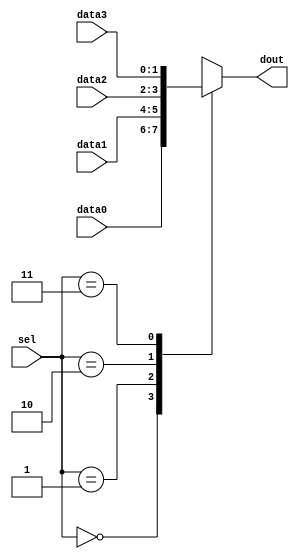
module MUX4TO1 (dout, sel, data0, data1, data2, data3);
parameter dwidth = 2;
   output [dwidth-1:0] dout;
   input [1:0]	       sel;
   input [dwidth-1:0]  data0;
   input [dwidth-1:0]  data1;
   input [dwidth-1:0]  data2;
   input [dwidth-1:0]  data3;
   

   wire [dwidth-1:0]   data0;
   wire [dwidth-1:0]   data1;
   wire [dwidth-1:0]   data2;
   wire [dwidth-1:0]   data3;
   wire [1:0]	       sel;
   reg  [dwidth-1:0]   dout;

  always @ (sel or data0 or data1 or data2 or data3)
    begin:MUX4TO1
       case (sel) // synopsys parallel_case full_case 
	 2'b00: dout = data0;
	 2'b01: dout = data1;
	 2'b10: dout = data2;
	 2'b11: dout = data3;
       endcase
    end

endmodule